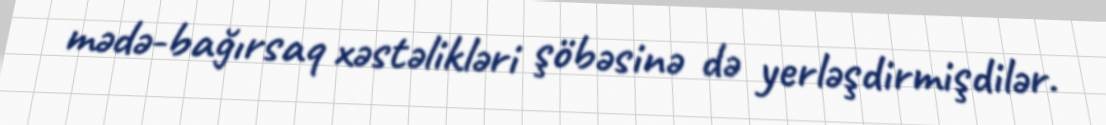
mədə-bağırsaq xəstəlikləri şöbəsinə də yerləşdirmişdilər.